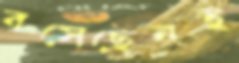
বসেছেনই